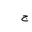
Letter: _gim